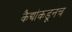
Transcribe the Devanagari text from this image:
कैद्यांकडूनच